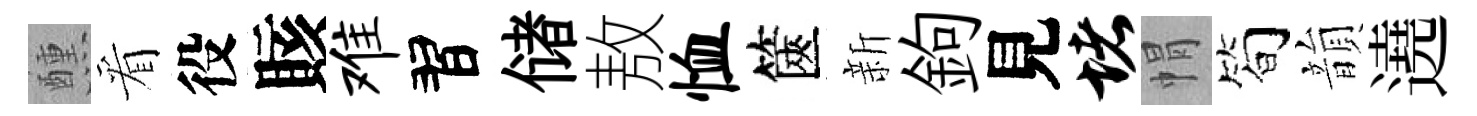
醺看役賅难習储敖恤篋新鉤見堵㡌简韻遶